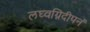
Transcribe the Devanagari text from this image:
लघ्वग्निदीपनं